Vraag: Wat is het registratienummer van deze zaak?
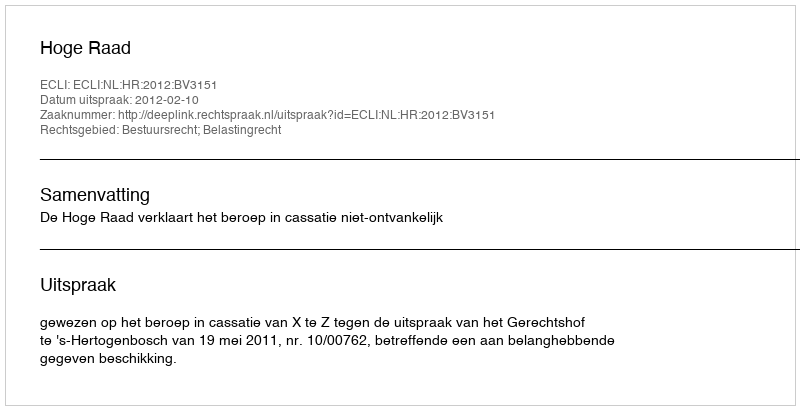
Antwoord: http://deeplink.rechtspraak.nl/uitspraak?id=ECLI:NL:HR:2012:BV3151